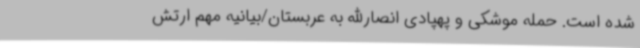
شده است. حمله موشکی و پهپادی انصارالله به عربستان/بیانیه مهم ارتش